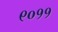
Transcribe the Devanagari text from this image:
९०११